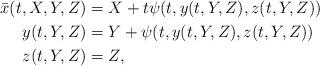
LaTeX: \begin{align*} \bar{x}(t,X,Y,Z) & = X + t\psi(t,y(t,Y,Z),z(t,Y,Z)) \\ y(t,Y,Z) & = Y + \psi(t,y(t,Y,Z),z(t,Y,Z)) \\ z(t,Y,Z) & = Z, \end{align*}